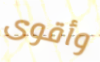
وأقوى